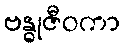
ဗန္ဓုဇီဝကာ